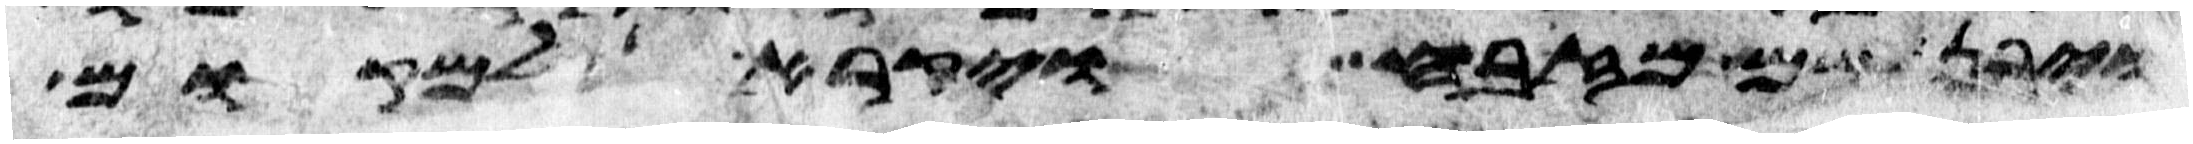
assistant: ויבן שם מזבח ויקרא למקום